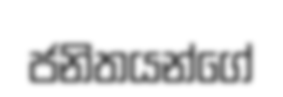
ජනිතයන්ගේ